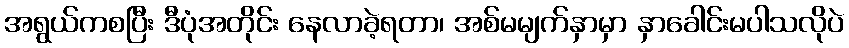
အရွယ်ကစပြီး ဒီပုံအတိုင်း နေလာခဲ့ရတာ၊ အစ်မမျက်နှာမှာ နှာခေါင်းမပါသလိုပဲ